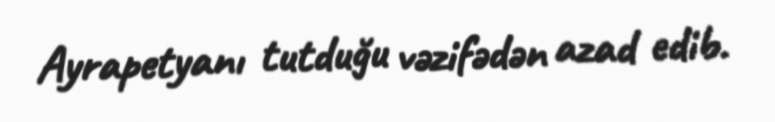
Ayrapetyanı tutduğu vəzifədən azad edib.